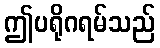
ဤပရိုဂရမ်သည်